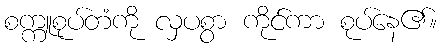
စက္ကူစုပ်တံကို လှပစွာ ကိုင်ကာ စုပ်နေ၏။